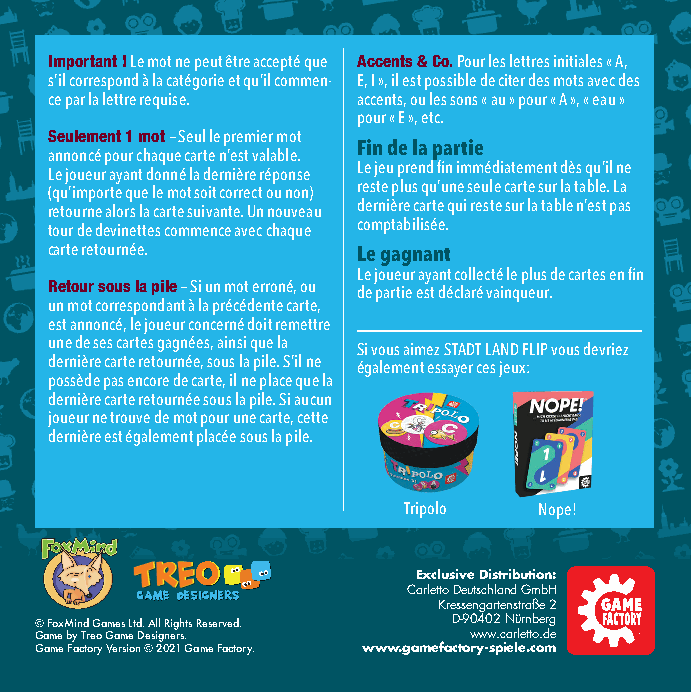
Important ! Le mot ne peut être accepté que Accents & Co. Pour les lettres initiales « A,
 s’il correspond à la catégorie et qu’il commen- E, I », il est possible de citer des mots avec des
 ce par la lettre requise. accents, ou les sons « au » pour « A », « eau »
 pour « E », etc.
 Seulement 1 mot – Seul le premier mot
 Fin de la partie
 annoncé pour chaque carte n’est valable.
 Le jeu prend fin immédiatement dès qu’il ne
 Le joueur ayant donné la dernière réponse
 reste plus qu’une seule carte sur la table. La
 (qu’importe que le mot soit correct ou non)
 dernière carte qui reste sur la table n’est pas
 retourne alors la carte suivante. Un nouveau
 comptabilisée.
 tour de devinettes commence avec chaque
 carte retournée.    Le gagnant
 Le joueur ayant collecté le plus de cartes en fin
 Retour sous la pile – Si un mot erroné, ou de partie est déclaré vainqueur.
 un mot correspondant à la précédente carte,
 est annoncé, le joueur concerné doit remettre
 une de ses cartes gagnées, ainsi que la Si vous aimez STADT LAND FLIP vous devriez
 dernière carte retournée, sous la pile. S’il ne également essayer ces jeux:
 possède pas encore de carte, il ne place que la
 dernière carte retournée sous la pile. Si aucun
 joueur ne trouve de mot pour une carte, cette
 dernière est également placée sous la pile.
 Tripolo  Nope!
 Exclusive Distribution:
 Carletto Deutschland GmbH
 Kressengartenstraße 2
 © FoxMind Games Ltd. All Rights Reserved. D-90402 Nürnberg
 Game by Treo Game Designers. www.carletto.de
 Game Factory Version © 2021 Game Factory. www.gamefactory-spiele.com
 SSttaaddttLLaannddFFlliipp__AAnnlleeiittuunngg..iinndddd 44 0022..1111..2200 1111::0055